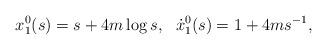
LaTeX: \begin{align*} x^0_1(s)=s+4 m\log s,\ \ \dot x^0_1(s)=1+4 m s^{-1},\end{align*}